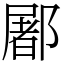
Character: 䣝